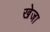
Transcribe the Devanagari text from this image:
खेजा